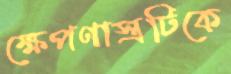
ক্ষেপণাস্ত্রটিকে